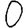
Digit: 0